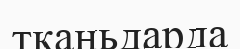
тканьдарда